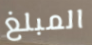
المبلغ